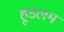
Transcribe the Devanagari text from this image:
हूडलम